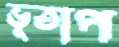
ভূতাপ